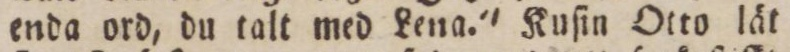
enda ord, du talt med Lena.' Kuſin Otto lät